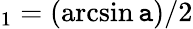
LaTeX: _1=(\arcsin\mathtt{a})/2